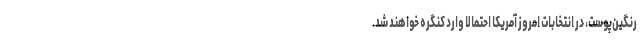
رنگین‌پوست، در انتخابات امروز آمریکا احتمالا وارد کنگره خواهند شد.